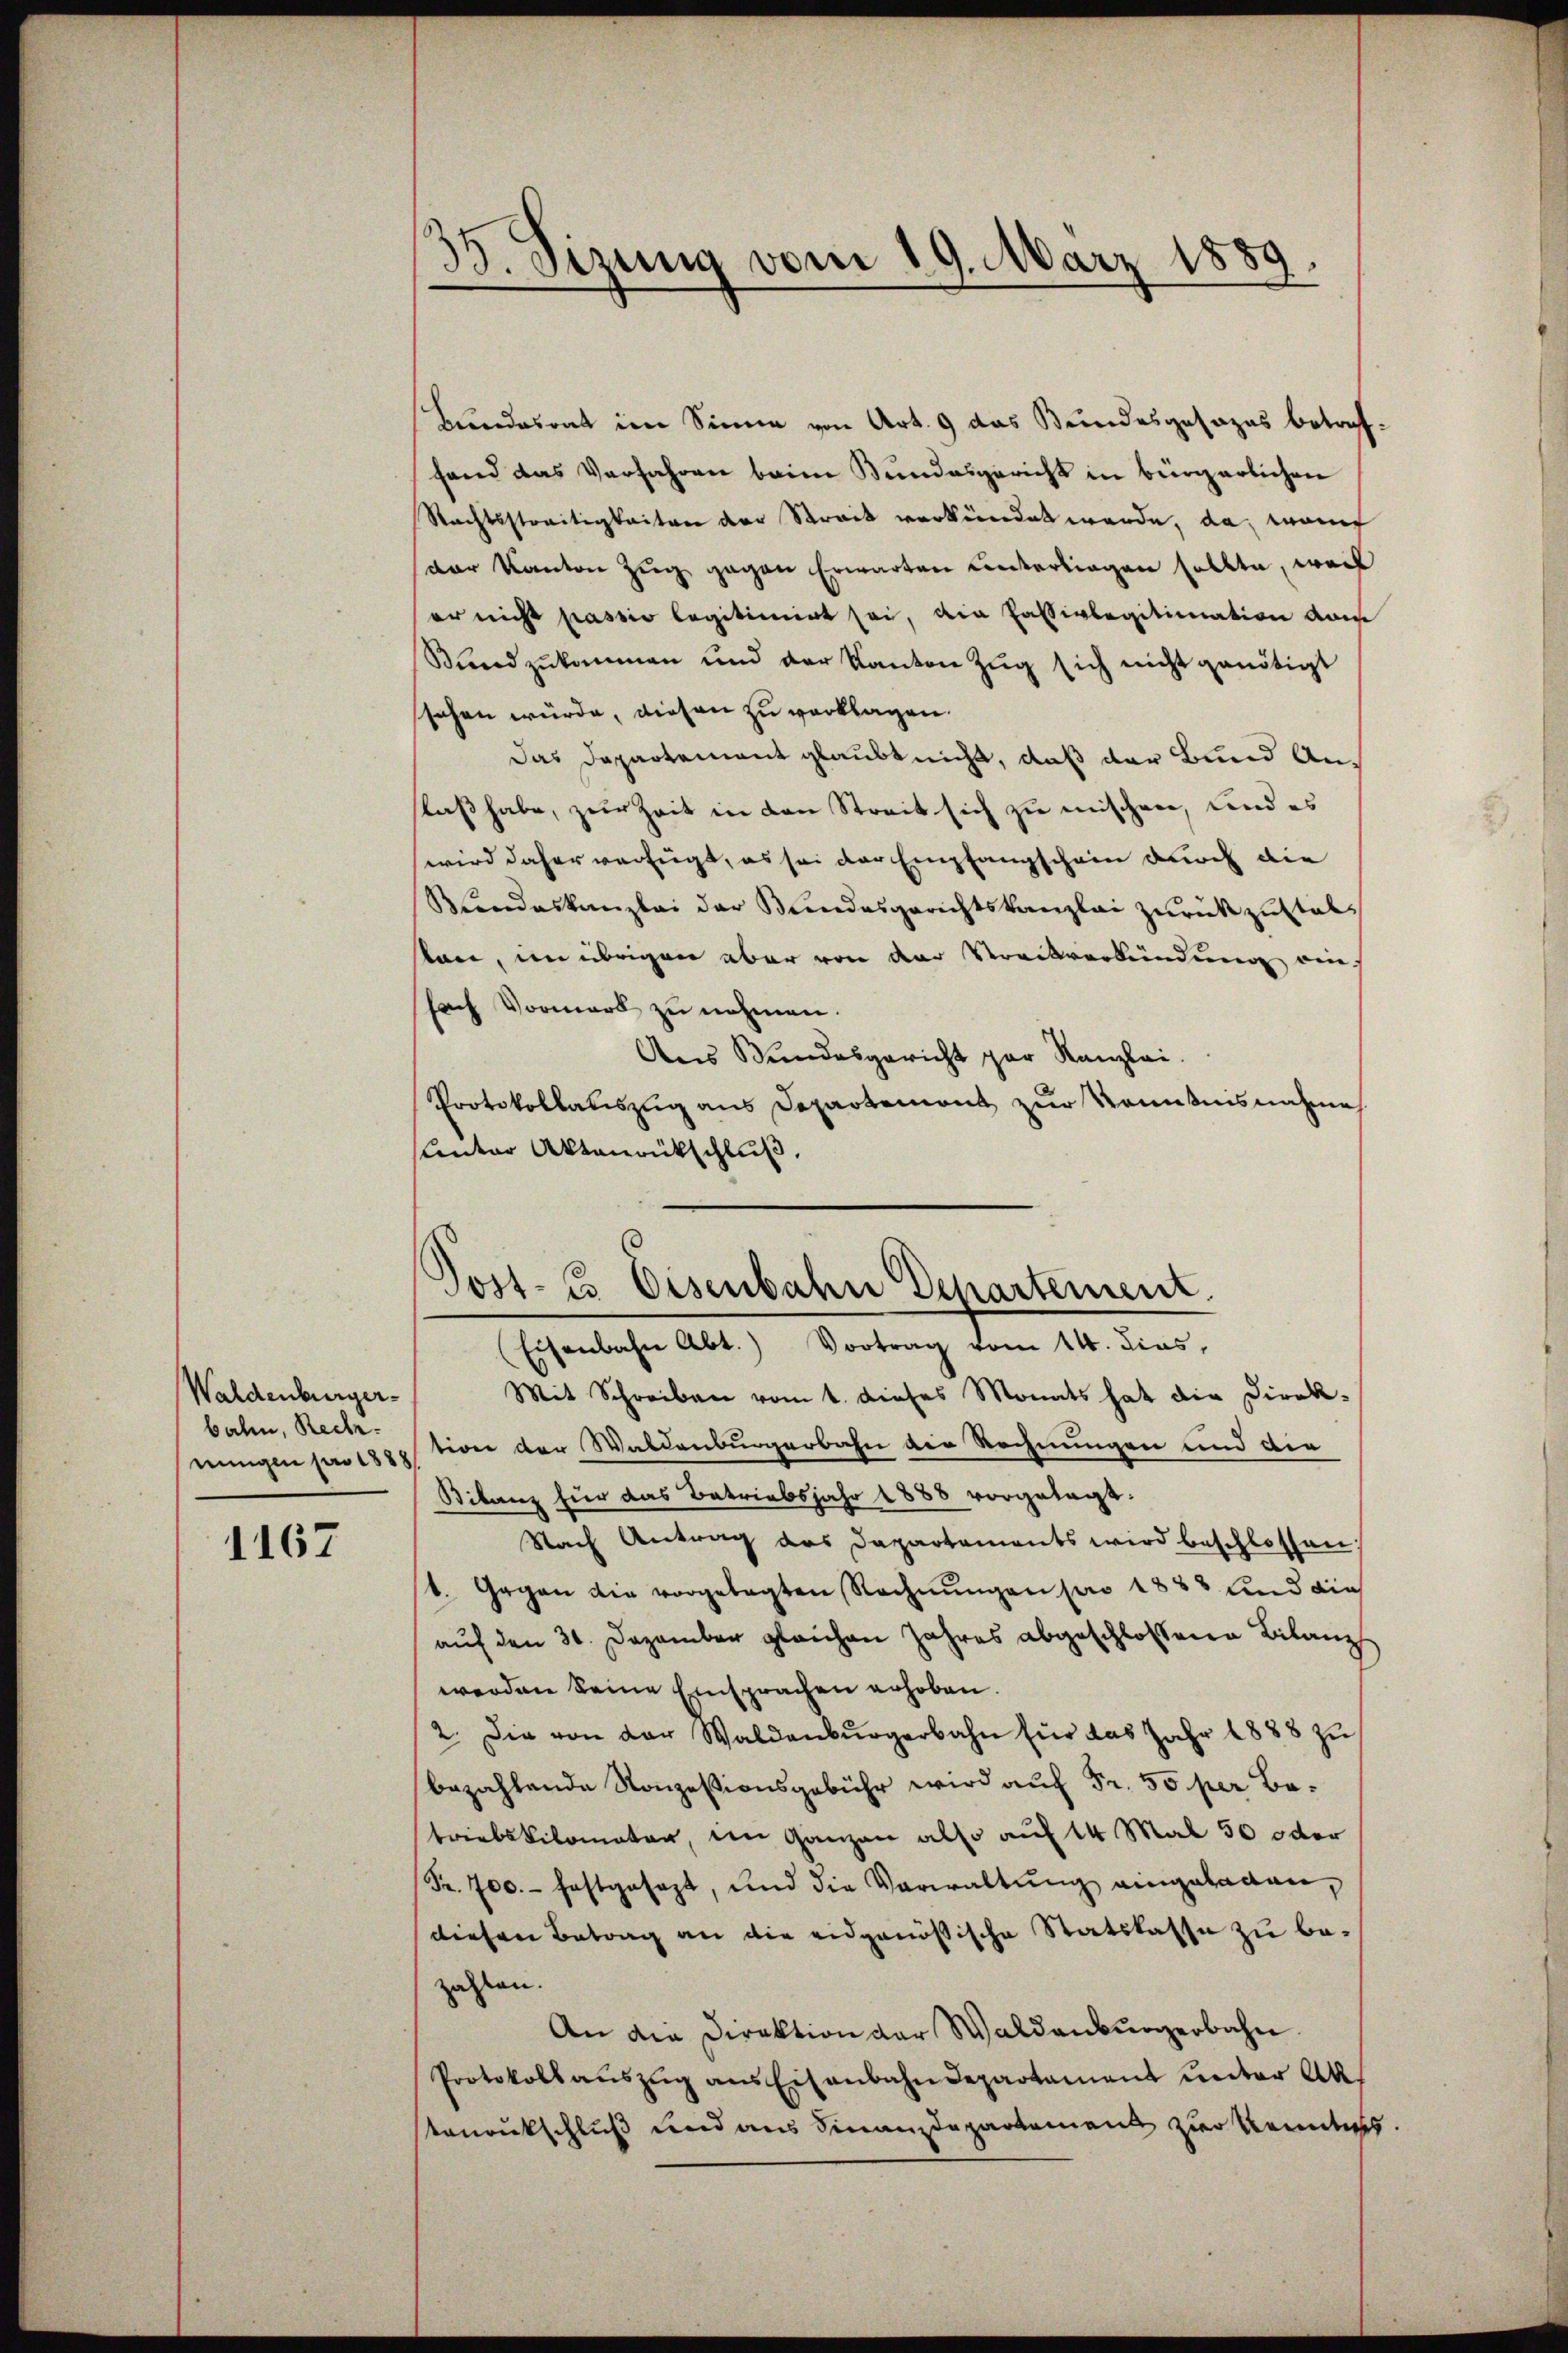
Waldenburgerbalen, Rech

1167

35. Sizung vom 19. März 1889.

Bundesrat im Sinne von Art. 9 das Bundesgesages betreffand das Verfahren beim Bundesgericht in bürgerlichen
Rechtsstreitigkeiten der Streit verkündet werde, da, womit
der Kanton Zŭg gegen Erwarten untertragen sollte, weil
er nicht passio legitimirt sei, die Passivlegitimation vom
Sndzukommen und der Kanton Zŭg sich nicht genötigt
sehen würde, diesen zu verklagen.
Das Departement glaubt nicht, daß der Bund Anslaß habe, zur Zeit in den Streit sich zu mischen, und es
wird daher verfügt, es sei der Empfangschein durch die
Rŭndeskanzlei der Bŭndesgerichtskanzlei zŭrückzustalkan, im übrigen aber von der Streckverkündung aus
fach Vormerk zu nehmen.
Ans Bundesgericht par Kanzlei.
Protokollauszug aus Departement zur Kenntnisnahme
Unter Aktenrückschluß.
Mit Schreiben vom 1. dieses Monats hat die Direk¬
Reingen pro 1889 tion der Waldenburgerbahn die Rechnungen und der
Bilanz für das Betriebsjahr 1888 vorgelegt:
Nach Antrag des Dapartements wird beschlossen,
1. Gegen die vorgelegten Rechnŭngen pro 1888 und die
auf den 31. Dezember gleichen Jahres abgeschlossene Bilanz
werden keine Einsprachen erhoben.
2. Die von der Waldenbŭrgerbahn für das Jahr 1888 zu
bezahlende Konzessionsgebühr wird auf Fr. 50 per Botriebskilomater, im Ganzen also auf 14 Mal 50 oder
Fr. 700.- festgesezt, und die Verwaltŭng eingeladen,
diesen Betrag an die eidgenößische Statslasse zu bezahlen.
An die Direktion der Waldenbŭrgerbahn.
Protokoll aŭszŭg ans Eisenbahndepartament unter Ak
teurukschluß und aus Finanzdepartement zur Kenntis

Post-Es Eisenbahn Departement.
Eisenbahn Abt.) Vortrag vom 14. dies,